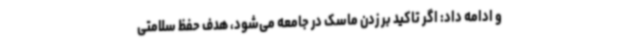
و ادامه داد: اگر تاکید بر زدن ماسک در جامعه می‌شود، هدف حفظ سلامتی